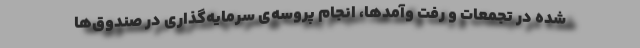
شده در تجمعات و رفت وآمدها، انجام پروسه‌ی سرمایه‌گذاری در صندوق‌ها